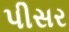
પીસર